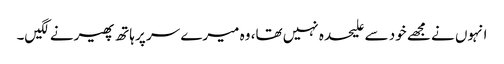
انہوں نے مجھے خود سے علیحدہ نہیں تھا، وہ میرے سر پر ہاتھ پھیرنے لگیں۔